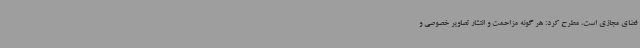
فضای مجازی است، مطرح کرد: هر گونه مزاحمت و انتشار تصاویر خصوصی و